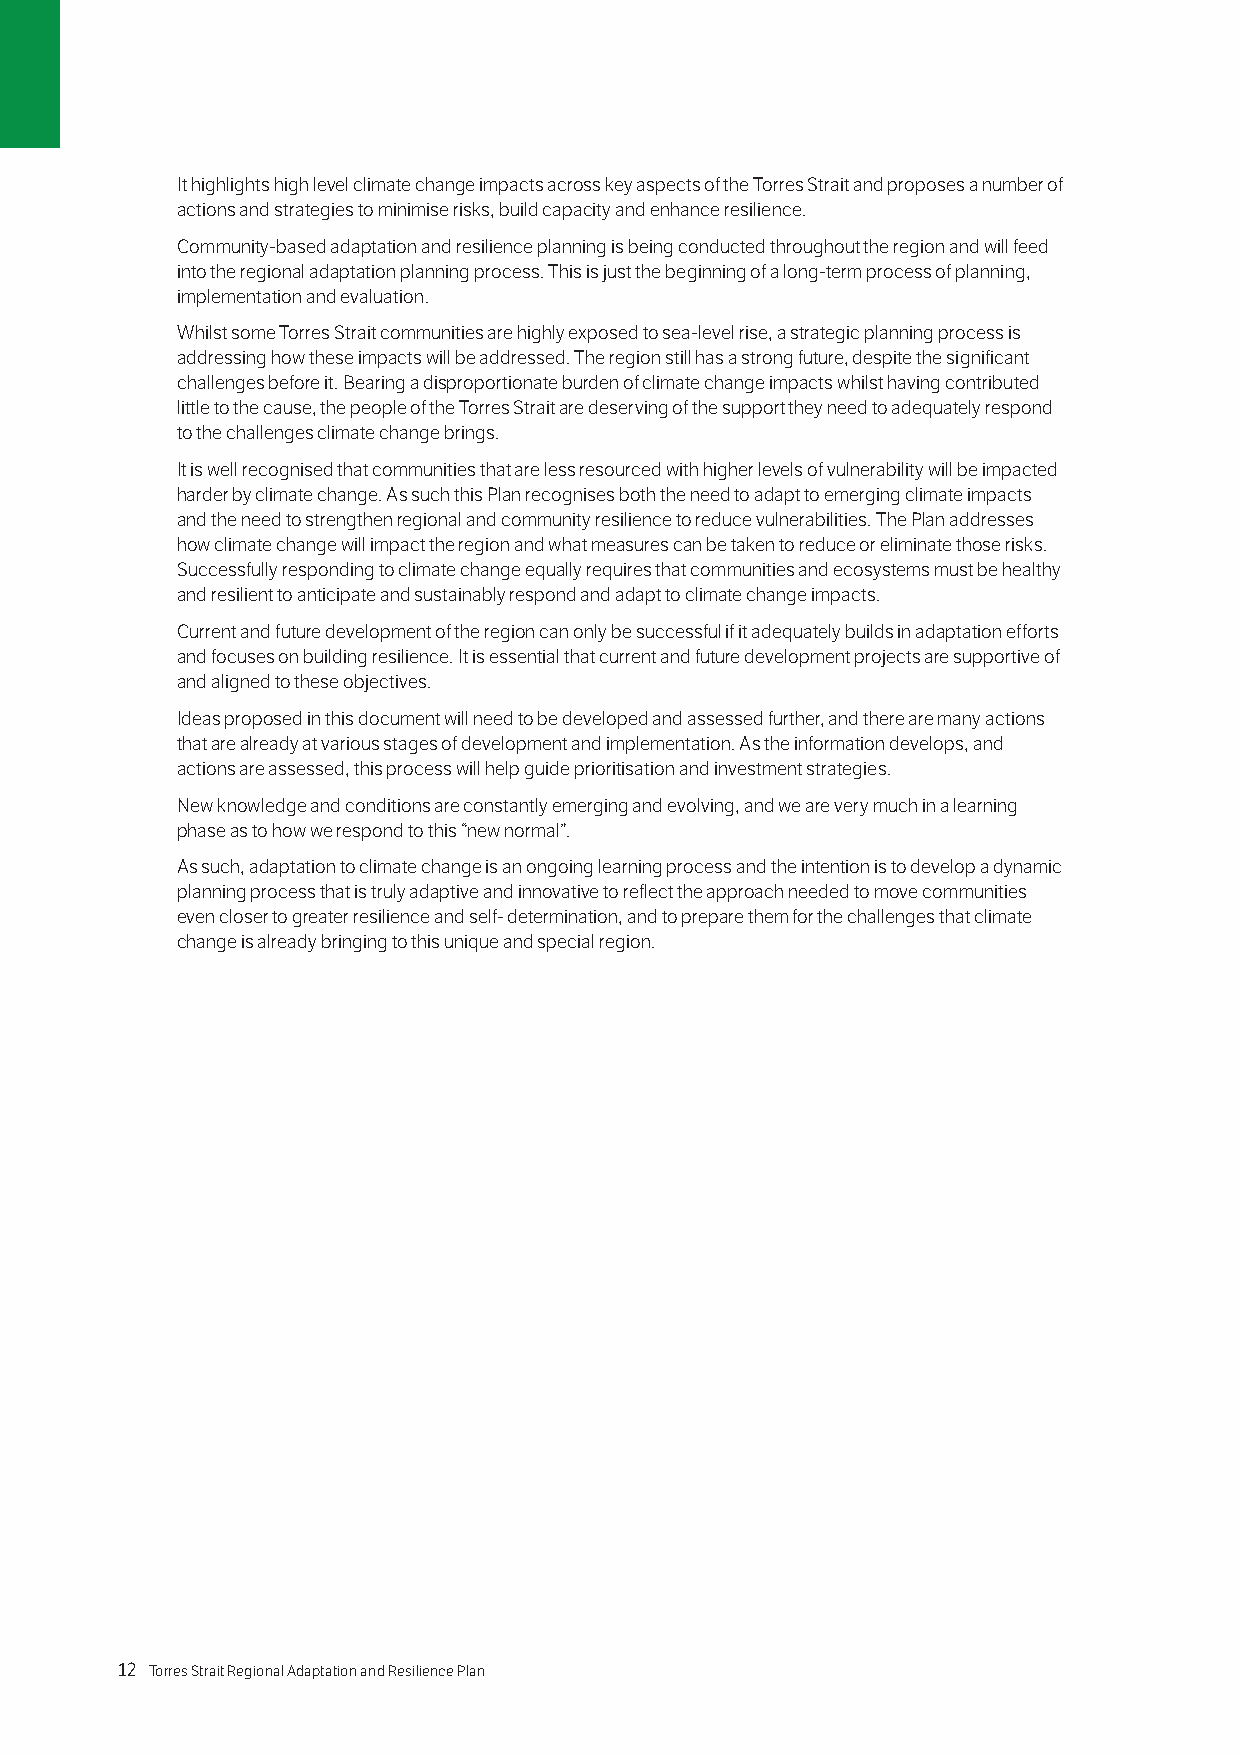
It highlights high level climate change impacts across key aspects of the Torres Strait and proposes a number of
 actions and strategies to minimise risks, build capacity and enhance resilience.
 Community-based adaptation and resilience planning is being conducted throughout the region and will feed
 into the regional adaptation planning process. This is just the beginning of a long-term process of planning,
 implementation and evaluation.
 Whilst some Torres Strait communities are highly exposed to sea-level rise, a strategic planning process is
 addressing how these impacts will be addressed. The region still has a strong future, despite the significant
 challenges before it. Bearing a disproportionate burden of climate change impacts whilst having contributed
 little to the cause, the people of the Torres Strait are deserving of the support they need to adequately respond
 to the challenges climate change brings.
 It is well recognised that communities that are less resourced with higher levels of vulnerability will be impacted
 harder by climate change. As such this Plan recognises both the need to adapt to emerging climate impacts
 and the need to strengthen regional and community resilience to reduce vulnerabilities. The Plan addresses
 how climate change will impact the region and what measures can be taken to reduce or eliminate those risks.
 Successfully responding to climate change equally requires that communities and ecosystems must be healthy
 and resilient to anticipate and sustainably respond and adapt to climate change impacts.
 Current and future development of the region can only be successful if it adequately builds in adaptation efforts
 and focuses on building resilience. It is essential that current and future development projects are supportive of
 and aligned to these objectives.
 Ideas proposed in this document will need to be developed and assessed further, and there are many actions
 that are already at various stages of development and implementation. As the information develops, and
 actions are assessed, this process will help guide prioritisation and investment strategies.
 New knowledge and conditions are constantly emerging and evolving, and we are very much in a learning
 phase as to how we respond to this “new normal”.
 As such, adaptation to climate change is an ongoing learning process and the intention is to develop a dynamic
 planning process that is truly adaptive and innovative to reflect the approach needed to move communities
 even closer to greater resilience and self- determination, and to prepare them for the challenges that climate
 change is already bringing to this unique and special region.
 12 Torres Strait Regional Adaptation and Resilience Plan